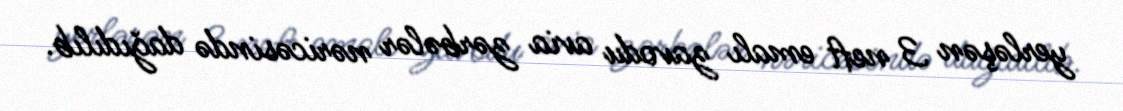
yerləşən 3 neft emalı zavodu avia zərbələr nəricəsində dağıdılıb.